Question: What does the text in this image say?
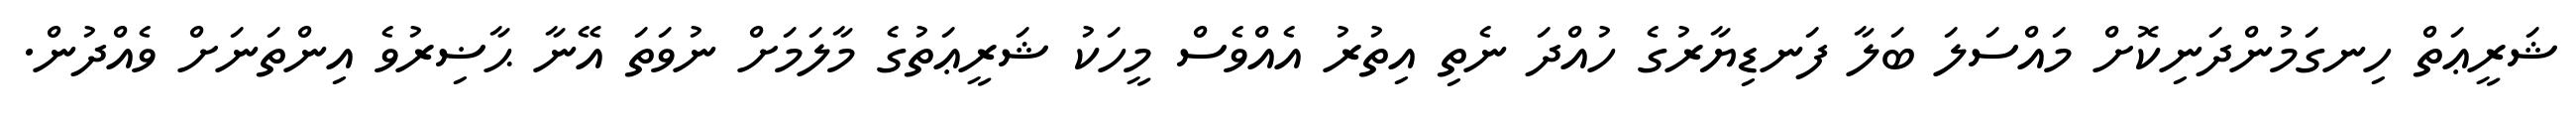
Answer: ޝަރީޢަތް ހިނގަމުންދަނިކޮށް މައްސަލަ ބަލާ ފަނޑިޔާރުގެ ހުއްދަ ނެތި އިތުރު އެއްވެސް މީހަކު ޝަރީޢަތުގެ މާލަމަށް ނުވަތަ އޭނާ ޙާޟިރުވެ އިންތަނަށް ވެއްދުން.